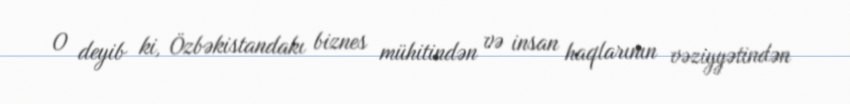
O deyib ki, Özbəkistandakı biznes mühitindən və insan haqlarının vəziyyətindən